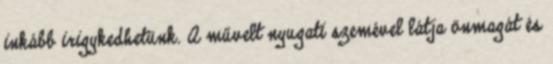
inkább irigykedhetünk. A művelt nyugati szemével látja önmagát és